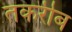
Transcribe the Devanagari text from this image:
तकरीब